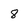
Character: 8